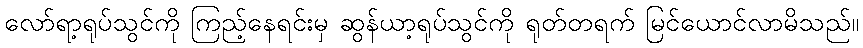
လော်ရာ့ရုပ်သွင်ကို ကြည့်နေရင်းမှ ဆွန်ယာ့ရုပ်သွင်ကို ရုတ်တရက် မြင်ယောင်လာမိသည်။